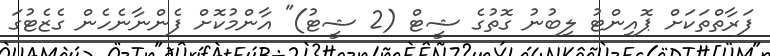
ފަރާތްތަކަށް ޕޮއިންޓު ލިބުނު ގޮތުގެ ޝީޓް (2 ޝީޓު)" އާންމުކޮށް ފެންނާނެހެން ގެޒެޓުގަ